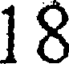
18